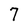
Character: 7